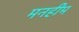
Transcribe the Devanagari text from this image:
मनहीम